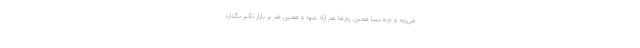
می‌رود و چه بسا همین روزها هم آزاد شود و همین هم بر بازار تأثیر بگذارد